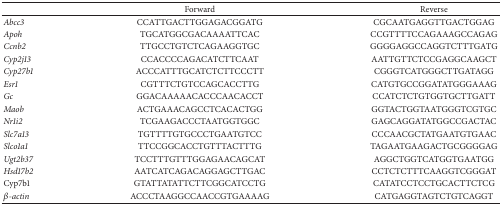
<table><thead><tr><td>[EMPTY_CELL]</td><td><b>Forward</b></td><td><b>Reverse</b></td></tr></thead><tbody><tr><td><i>Abcc3</i></td><td>CCATTGACTTGGAGACGGATG</td><td>CGCAATGAGGTTGACTGGAG</td></tr><tr><td><i>Apoh</i></td><td>TGCATGGCGACAAAATTCAC</td><td>CCGTTTTCCAGAAAGCCAGAG</td></tr><tr><td><i>Ccnb2</i></td><td>TTGCCTGTCTCAGAAGGTGC</td><td>GGGGAGGCCAGGTCTTTGATG</td></tr><tr><td><i>Cyp2j13</i></td><td>CCACCCCAGACATCTTCAAT</td><td>AATTGTTCTCCGAGGCAAGCT</td></tr><tr><td><i>Cyp27b1</i></td><td>ACCCATTTGCATCTCTTCCCTT</td><td>CGGGTCATGGGCTTGATAGG</td></tr><tr><td><i>Esr1</i></td><td>CGTTTCTGTCCAGCACCTTG</td><td>CATGTGCCGGATATGGGAAAG</td></tr><tr><td><i>Gc</i></td><td>GGACAAAAACACCCAACACCT</td><td>CCATCTCTGTGGTGCTTGATT</td></tr><tr><td><i>Maob</i></td><td>ACTGAAACAGCCTCACACTGG</td><td>GGTACTGGTAATGGGTCGTGC</td></tr><tr><td><i>Nr1i2</i></td><td>TCGAAGACCCTAATGGTGGC</td><td>GAGCAGGATATGGCCGACTAC</td></tr><tr><td><i>Slc7a13</i></td><td>TGTTTTGTGCCCTGAATGTCC</td><td>CCCAACGCTATGAATGTGAAC</td></tr><tr><td><i>Slco1a1</i></td><td>TTCCGGCACCTGTTTACTTTG</td><td>TAGAATGAAGACTGCGGGGAG</td></tr><tr><td><i>Ugt2b37</i></td><td>TCCTTTGTTTGGAGAACAGCAT</td><td>AGGCTGGTCATGGTGAATGG</td></tr><tr><td><i>Hsd17b2</i></td><td>AATCATCAGACAGGAGCTTGAC</td><td>CCTCTCTTTCAAGGTCGGGAT</td></tr><tr><td>Cyp7b1</td><td>GTATTATATTCTTCGGCATCCTG</td><td>CATATCCTCCTGCACTTCTCG</td></tr><tr><td><i>β-actin</i></td><td>ACCCTAAGGCCAACCGTGAAAAG</td><td>CATGAGGTAGTCTGTCAGGT</td></tr></tbody></table>